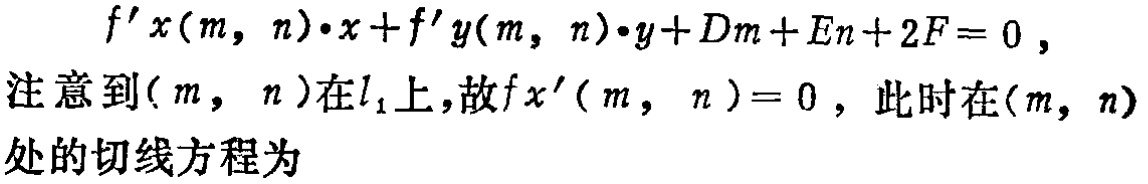
\[
f^{\prime}x(m, n)\cdot x + f^{\prime}y(m, n)\cdot y + Dm + En + 2F = 0,
\]
注意到\((m, n)\)在\(l_{1}\)上，故\(fx^{\prime}(m, n)=0\)，此时在\((m, n)\)处的切线方程为